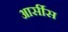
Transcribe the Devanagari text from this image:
आर्सीस